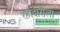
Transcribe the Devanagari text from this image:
रहादारीला